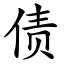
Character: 债